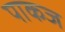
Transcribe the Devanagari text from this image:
पाकज